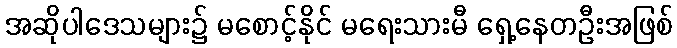
အဆိုပါဒေသများ၌ မစောင့်နိုင် မရေးသားမီ ရှေ့နေတဦးအဖြစ်